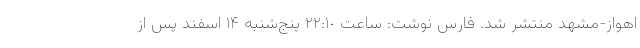
اهواز-مشهد منتشر شد. فارس نوشت: ساعت ٢٢:١٠ پنج‌شنبه ۱۴ اسفند پس از